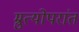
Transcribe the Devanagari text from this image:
म्रुत्योपरांत